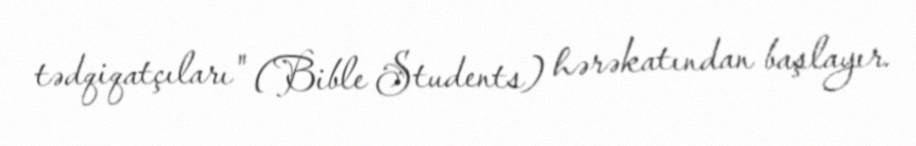
tədqiqatçıları" (Bible Students) hərəkatından başlayır.